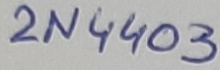
Text: 2N4403